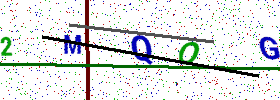
Text: 2MQOG